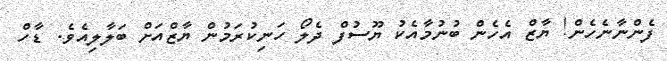
ފެންނާނެހެން! ޔާޒް އެހެން ބުނުމާއެކު ޔޫސުފް ދެލޯ ހަނިކުރަމުން ޔާޒްއަށް ބަލާލިއެވެ. ޑާހް